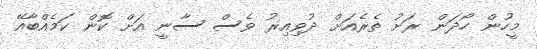
މީހުން ހޯދަން ރަށު ތެރެއަށް ދުވިއިރު ވެސް ސާނީ އަށް ކޮން ކަމެއްބާއޭ